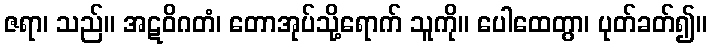
ဇရာ၊ သည်။ အဋဝိဂတံ၊ တောအုပ်သို့ရောက် သူကို။ ပေါထေတွာ၊ ပုတ်ခတ်၍။